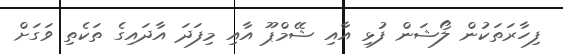
ފިހާރަތަކުން ލޯޝަން ފުޅި އާއި ޝޭމްޕޫ އާއި މިފަދަ އާދައިގެ ތަކެތި ވަގަށް